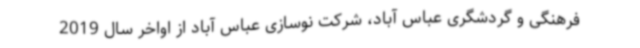
فرهنگی و گردشگری عباس آباد، شرکت نوسازی عباس آباد از اواخر سال 2019